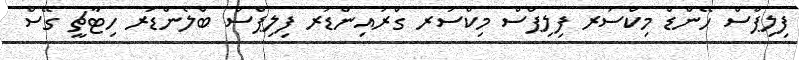
ފިލިޕްސް ހޭންޑް މިކްސަރ ފިލިޕްސް މިކްސަރ ގްރައިންޑަރ ފިލިޕްސް ބްލެންޑަރ ހިޓާޗީ ގޭސް